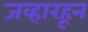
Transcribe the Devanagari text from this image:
जव्हारहून